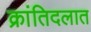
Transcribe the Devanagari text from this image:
क्रांतिदलात